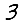
Digit: 3